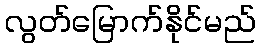
လွတ်မြောက်နိုင်မည်